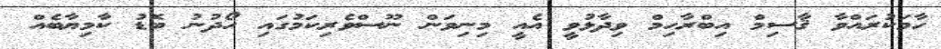
ހާމަކުރައްވާ ޤާސިމް އިބްރާހިމް ވިދާޅުވީ އެއީ މިނިވަން ނޫސްވެރިކަމުގައި ހޯދުނު ބޮޑު ކާމިޔާބެއް